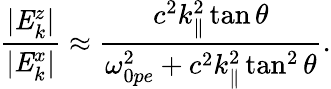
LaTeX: \frac{|\mathit{{E}}_{k}^{z}|}{|\mathit{{E}}_{k}^{x}|}\approx\frac{c^{2}k_{\parallel}^{2}\tan\theta}{\omega_{0pe}^{2}+c^{2}k_{\parallel}^{2}\tan^{2}\theta}.